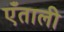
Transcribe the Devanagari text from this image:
एँताली